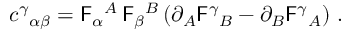
c ^ { \gamma } { } _ { \alpha \beta } = \mathsf { F } _ { \alpha } { } ^ { A } \, \mathsf { F } _ { \beta } { } ^ { B } \left( \partial _ { A } \mathsf { F } ^ { \gamma } { } _ { B } - \partial _ { B } \mathsf { F } ^ { \gamma } { } _ { A } \right) \, .